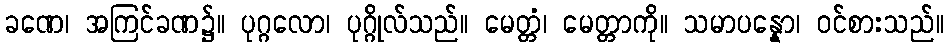
ခဏေ၊ အကြင်ခဏ၌။ ပုဂ္ဂလော၊ ပုဂ္ဂိုလ်သည်။ မေတ္တံ၊ မေတ္တာကို။ သမာပန္နော၊ ဝင်စားသည်။